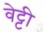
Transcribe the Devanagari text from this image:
वेट्टी